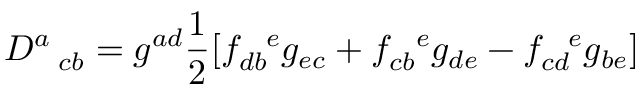
D _ { \ \ c b } ^ { a } = g ^ { a d } \frac { 1 } { 2 } [ f _ { d b } ^ { \ \ e } g _ { e c } + f _ { c b } ^ { \ \ e } g _ { d e } - f _ { c d } ^ { \ \ e } g _ { b e } ]